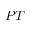
P T